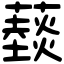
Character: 䕭